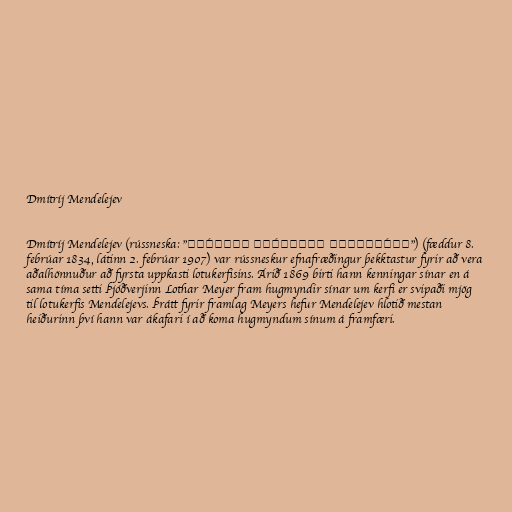
Dmítríj Mendelejev

Dmítríj Mendelejev (rússneska: "Дми́трий Ива́нович Менделе́ев") (fæddur 8.
febrúar 1834, látinn 2. febrúar 1907) var rússneskur efnafræðingur þekktastur fyrir að vera
aðalhönnuður að fyrsta uppkasti lotukerfisins. Árið 1869 birti hann kenningar sínar en á
sama tíma setti Þjóðverjinn Lothar Meyer fram hugmyndir sínar um kerfi er svipaði mjög
til lotukerfis Mendelejevs. Þrátt fyrir framlag Meyers hefur Mendelejev hlotið mestan
heiðurinn því hann var ákafari í að koma hugmyndum sínum á framfæri.